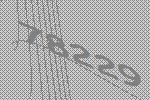
78229